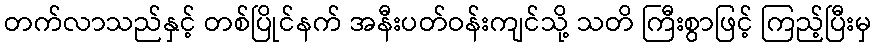
တက်လာသည်နှင့် တစ်ပြိုင်နက် အနီးပတ်ဝန်းကျင်သို့ သတိ ကြီးစွာဖြင့် ကြည့်ပြီးမှ